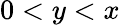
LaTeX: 0<y<x